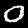
Label: 0